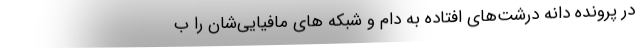
در پرونده دانه درشت‌های افتاده به دام و شبکه های مافیایی‌شان را ب